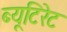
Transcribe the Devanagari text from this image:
ब्यूटिरेट